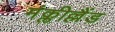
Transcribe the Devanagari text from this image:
मंक्लील्लैंड